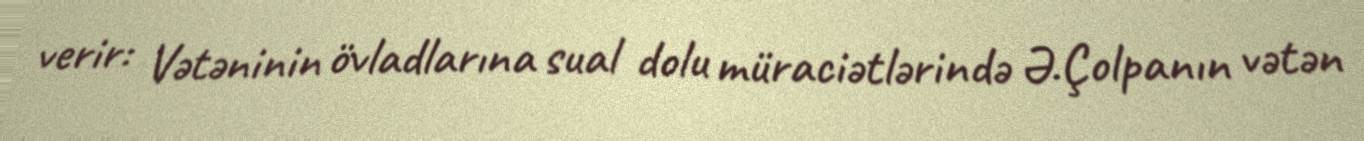
verir: Vətəninin övladlarına sual dolu müraciətlərində Ə.Çolpanın vətən